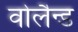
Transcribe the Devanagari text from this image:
वोलैन्ड